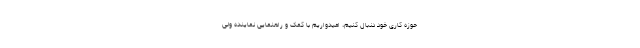
حوزه کاری خود دنبال کنیم، امیدواریم با کمک و راهنمایی نماینده ولی